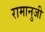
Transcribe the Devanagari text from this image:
रामानुजी